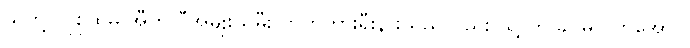
သူတို့ လူစုထဲမှ အီတလီအမျိုးသမီး ကက်တားရီးနားသည်လည်း သူ့ ကို ခင်မင်လာအောင်